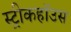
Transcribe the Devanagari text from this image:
स्ट्रीकहॉउस